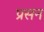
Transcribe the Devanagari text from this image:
प्रसन